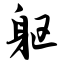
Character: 躯